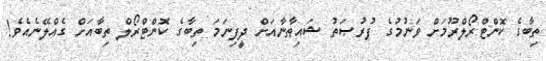
ތިބާގެ ކޮންޓްރޯލްރޫމަށް ވަނުމުގެ ފުރުޞަތު ޝައިޠާނާއަށް ދީފިނަމަ ތިބާގެ ކޮންޓްރޯލް ތިބާއަށް ގެއްލޭނެއެވެ!